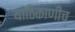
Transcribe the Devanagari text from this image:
याठिकाणीच